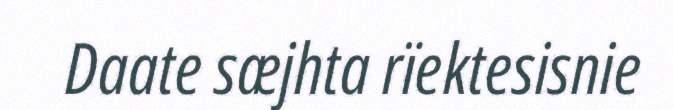
Daate sæjhta rïektesisnie